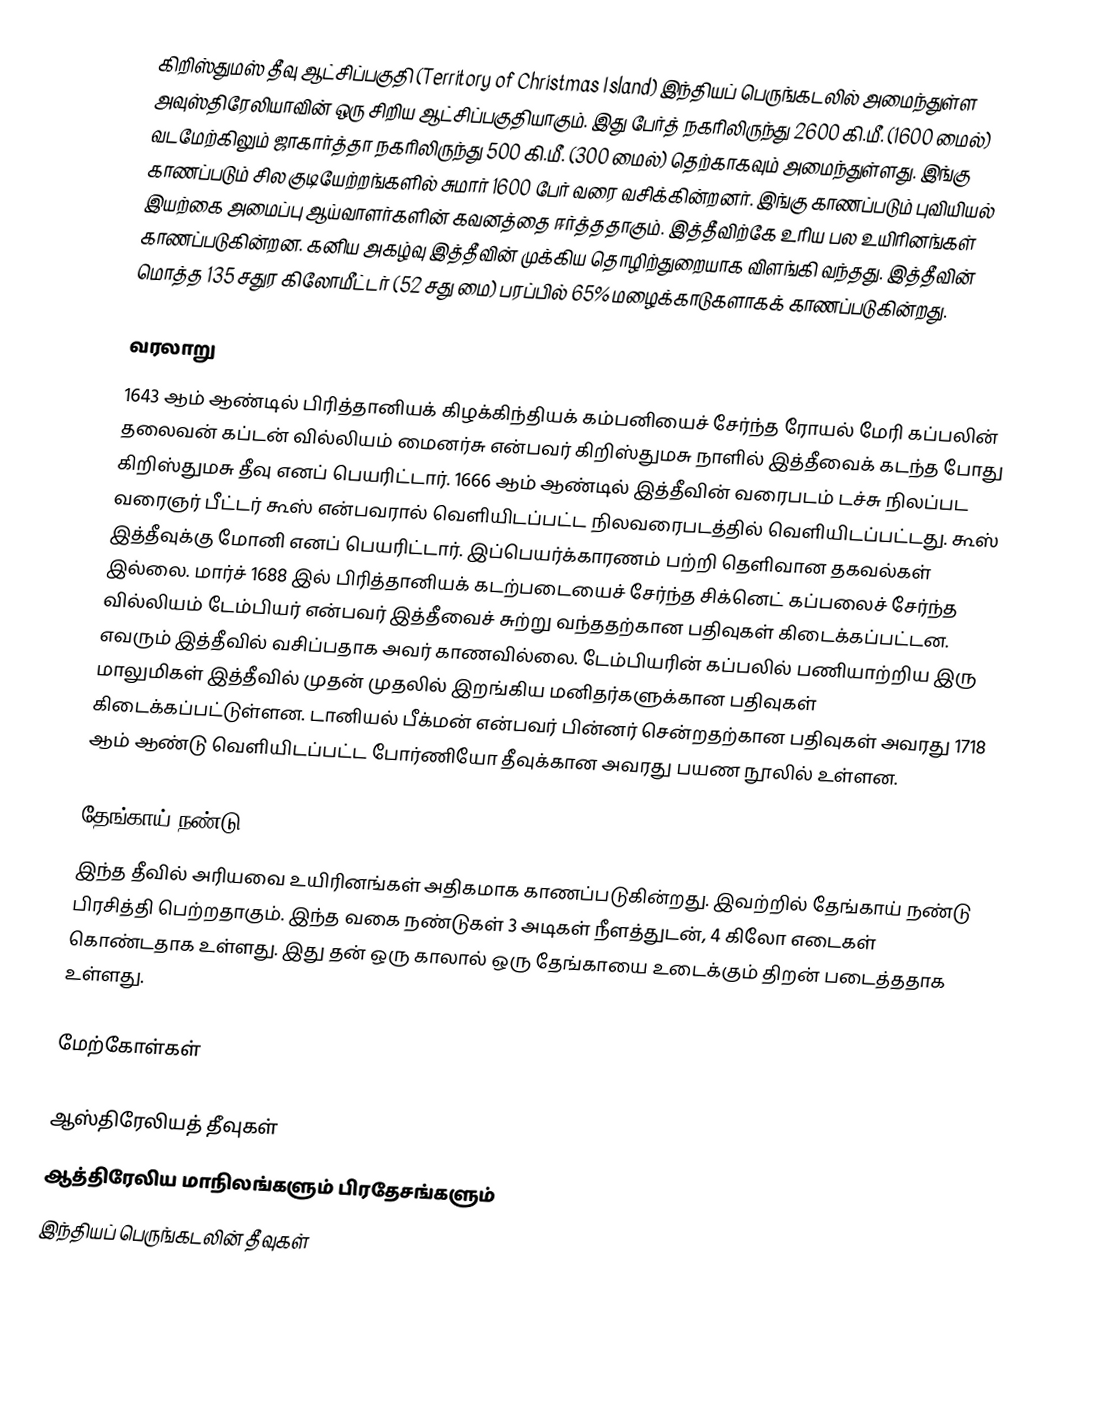
கிறிஸ்துமஸ் தீவு ஆட்சிப்பகுதி (Territory of Christmas Island) இந்தியப் பெருங்கடலில் அமைந்துள்ள அவுஸ்திரேலியாவின் ஒரு சிறிய ஆட்சிப்பகுதியாகும். இது பேர்த் நகரிலிருந்து 2600 கி.மீ. (1600 மைல்) வடமேற்கிலும் ஜாகார்த்தா நகரிலிருந்து 500 கி.மீ. (300 மைல்) தெற்காகவும் அமைந்துள்ளது. இங்கு காணப்படும் சில குடியேற்றங்களில் சுமார் 1600 பேர் வரை வசிக்கின்றனர். இங்கு காணப்படும் புவியியல் இயற்கை அமைப்பு ஆய்வாளர்களின் கவனத்தை ஈர்த்ததாகும். இத்தீவிற்கே உரிய பல உயிரினங்கள் காணப்படுகின்றன. கனிய அகழ்வு இத்தீவின் முக்கிய தொழிற்துறையாக விளங்கி வந்தது. இத்தீவின் மொத்த 135 சதுர கிலோமீட்டர் (52 சது மை) பரப்பில் 65% மழைக்காடுகளாகக் காணப்படுகின்றது.

வரலாறு
1643 ஆம் ஆண்டில் பிரித்தானியக் கிழக்கிந்தியக் கம்பனியைச் சேர்ந்த ரோயல் மேரி கப்பலின் தலைவன் கப்டன் வில்லியம் மைனர்சு என்பவர் கிறிஸ்துமசு நாளில் இத்தீவைக் கடந்த போது கிறிஸ்துமசு தீவு எனப் பெயரிட்டார். 1666 ஆம் ஆண்டில் இத்தீவின் வரைபடம் டச்சு நிலப்பட வரைஞர் பீட்டர் கூஸ் என்பவரால் வெளியிடப்பட்ட நிலவரைபடத்தில் வெளியிடப்பட்டது. கூஸ் இத்தீவுக்கு மோனி எனப் பெயரிட்டார். இப்பெயர்க்காரணம் பற்றி தெளிவான தகவல்கள் இல்லை. மார்ச் 1688 இல் பிரித்தானியக் கடற்படையைச் சேர்ந்த சிக்னெட் கப்பலைச் சேர்ந்த வில்லியம் டேம்பியர் என்பவர் இத்தீவைச் சுற்று வந்ததற்கான பதிவுகள் கிடைக்கப்பட்டன. எவரும் இத்தீவில் வசிப்பதாக அவர் காணவில்லை. டேம்பியரின் கப்பலில் பணியாற்றிய இரு மாலுமிகள் இத்தீவில் முதன் முதலில் இறங்கிய மனிதர்களுக்கான பதிவுகள் கிடைக்கப்பட்டுள்ளன. டானியல் பீக்மன் என்பவர் பின்னர் சென்றதற்கான பதிவுகள் அவரது 1718 ஆம் ஆண்டு வெளியிடப்பட்ட போர்ணியோ தீவுக்கான அவரது பயண நூலில் உள்ளன.

தேங்காய் நண்டு
இந்த தீவில் அரியவை உயிரினங்கள் அதிகமாக காணப்படுகின்றது. இவற்றில் தேங்காய் நண்டு பிரசித்தி பெற்றதாகும். இந்த வகை நண்டுகள்  3 அடிகள் நீளத்துடன், 4 கிலோ எடைகள் கொண்டதாக உள்ளது. இது தன் ஒரு காலால் ஒரு தேங்காயை உடைக்கும் திறன் படைத்ததாக உள்ளது.

மேற்கோள்கள்

ஆஸ்திரேலியத் தீவுகள்
ஆத்திரேலிய மாநிலங்களும் பிரதேசங்களும்
இந்தியப் பெருங்கடலின் தீவுகள்